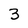
Character: 3